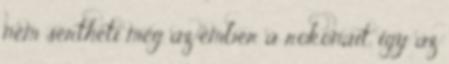
nem sértheti meg az ember a rokonait, így az